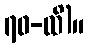
၇၀-ထိ)။